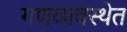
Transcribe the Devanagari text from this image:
गणव्यवस्थेत